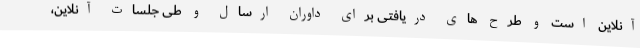
آنلاین است و طرح های دریافتی برای داوران ارسال و طی جلسات آنلاین،